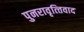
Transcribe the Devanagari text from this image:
पुनरावृत्‍तिवाद